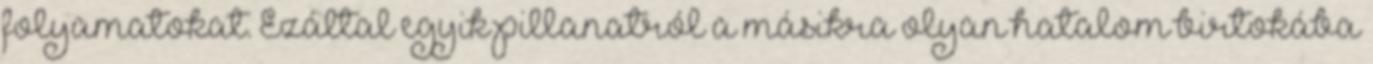
folyamatokat. Ezáltal egyik pillanatról a másikra olyan hatalom birtokába